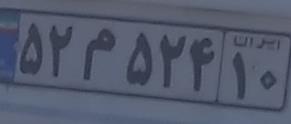
۵۲م۵۲۴۱۰